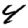
Digit: 4